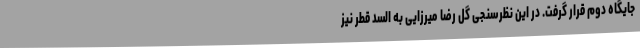
جایگاه دوم قرار گرفت. در این نظرسنجی گل رضا میرزایی به السد قطر نیز